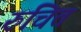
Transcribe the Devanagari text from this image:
रुचित